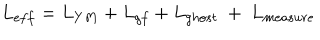
LaTeX: L _ { e f f } = L _ { Y M } + L _ { g f } + L _ { g h o s t } \ + \ L _ { m e a s u r e }